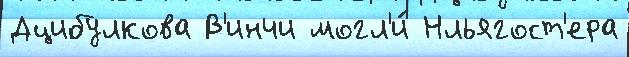
Дцибулкова В'инчи могл'и́ Нльягост'ера